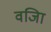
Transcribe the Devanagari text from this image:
वजिा